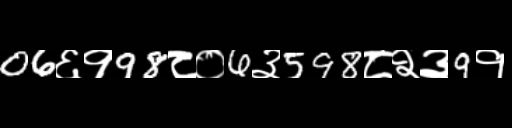
Text: 06६१98८०6३598८२३9१